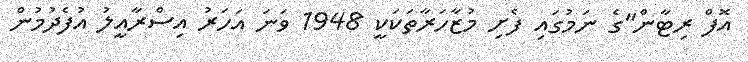
އޮފް ރިޓާން"ގެ ނަމުގައި ފެށި މުޒާހަރާތަކަކީ 1948 ވަނަ އަހަރު އިސްރާއީލު އުފެދުމުން